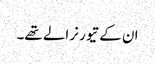
ان کے تیور نرالے تھے۔